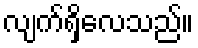
လျက်ရှိလေသည်။